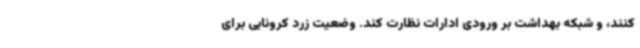
کنند، و شبکه بهداشت بر ورودی ادارات نظارت کند. وضعیت زرد کرونایی برای